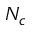
N _ { c }